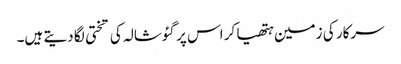
سرکار کی زمین ہتھیا کر اس پر گئوشالہ کی تختی لگا دیتے ہیں۔